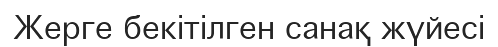
Жерге бекітілген санақ жүйесі